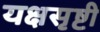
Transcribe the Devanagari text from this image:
यक्षसृष्टी